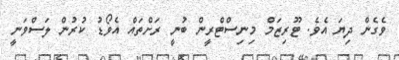
ވެގެން ދިޔަ އެވެ. ޓޫރިޒަމް މިނިސްޓްރީން ބުނީ ރަށްތައް އެވޯޑު ކުރުން ލަސްވަނީ